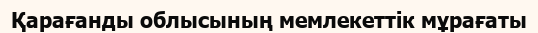
Қарағанды облысының мемлекеттік мұрағаты